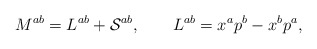
\begin{align*}M^{ab} = L^{ab} + {\cal S}^{ab}, \qquad L^{ab} = x^a p^b - x^b p^a,\end{align*}